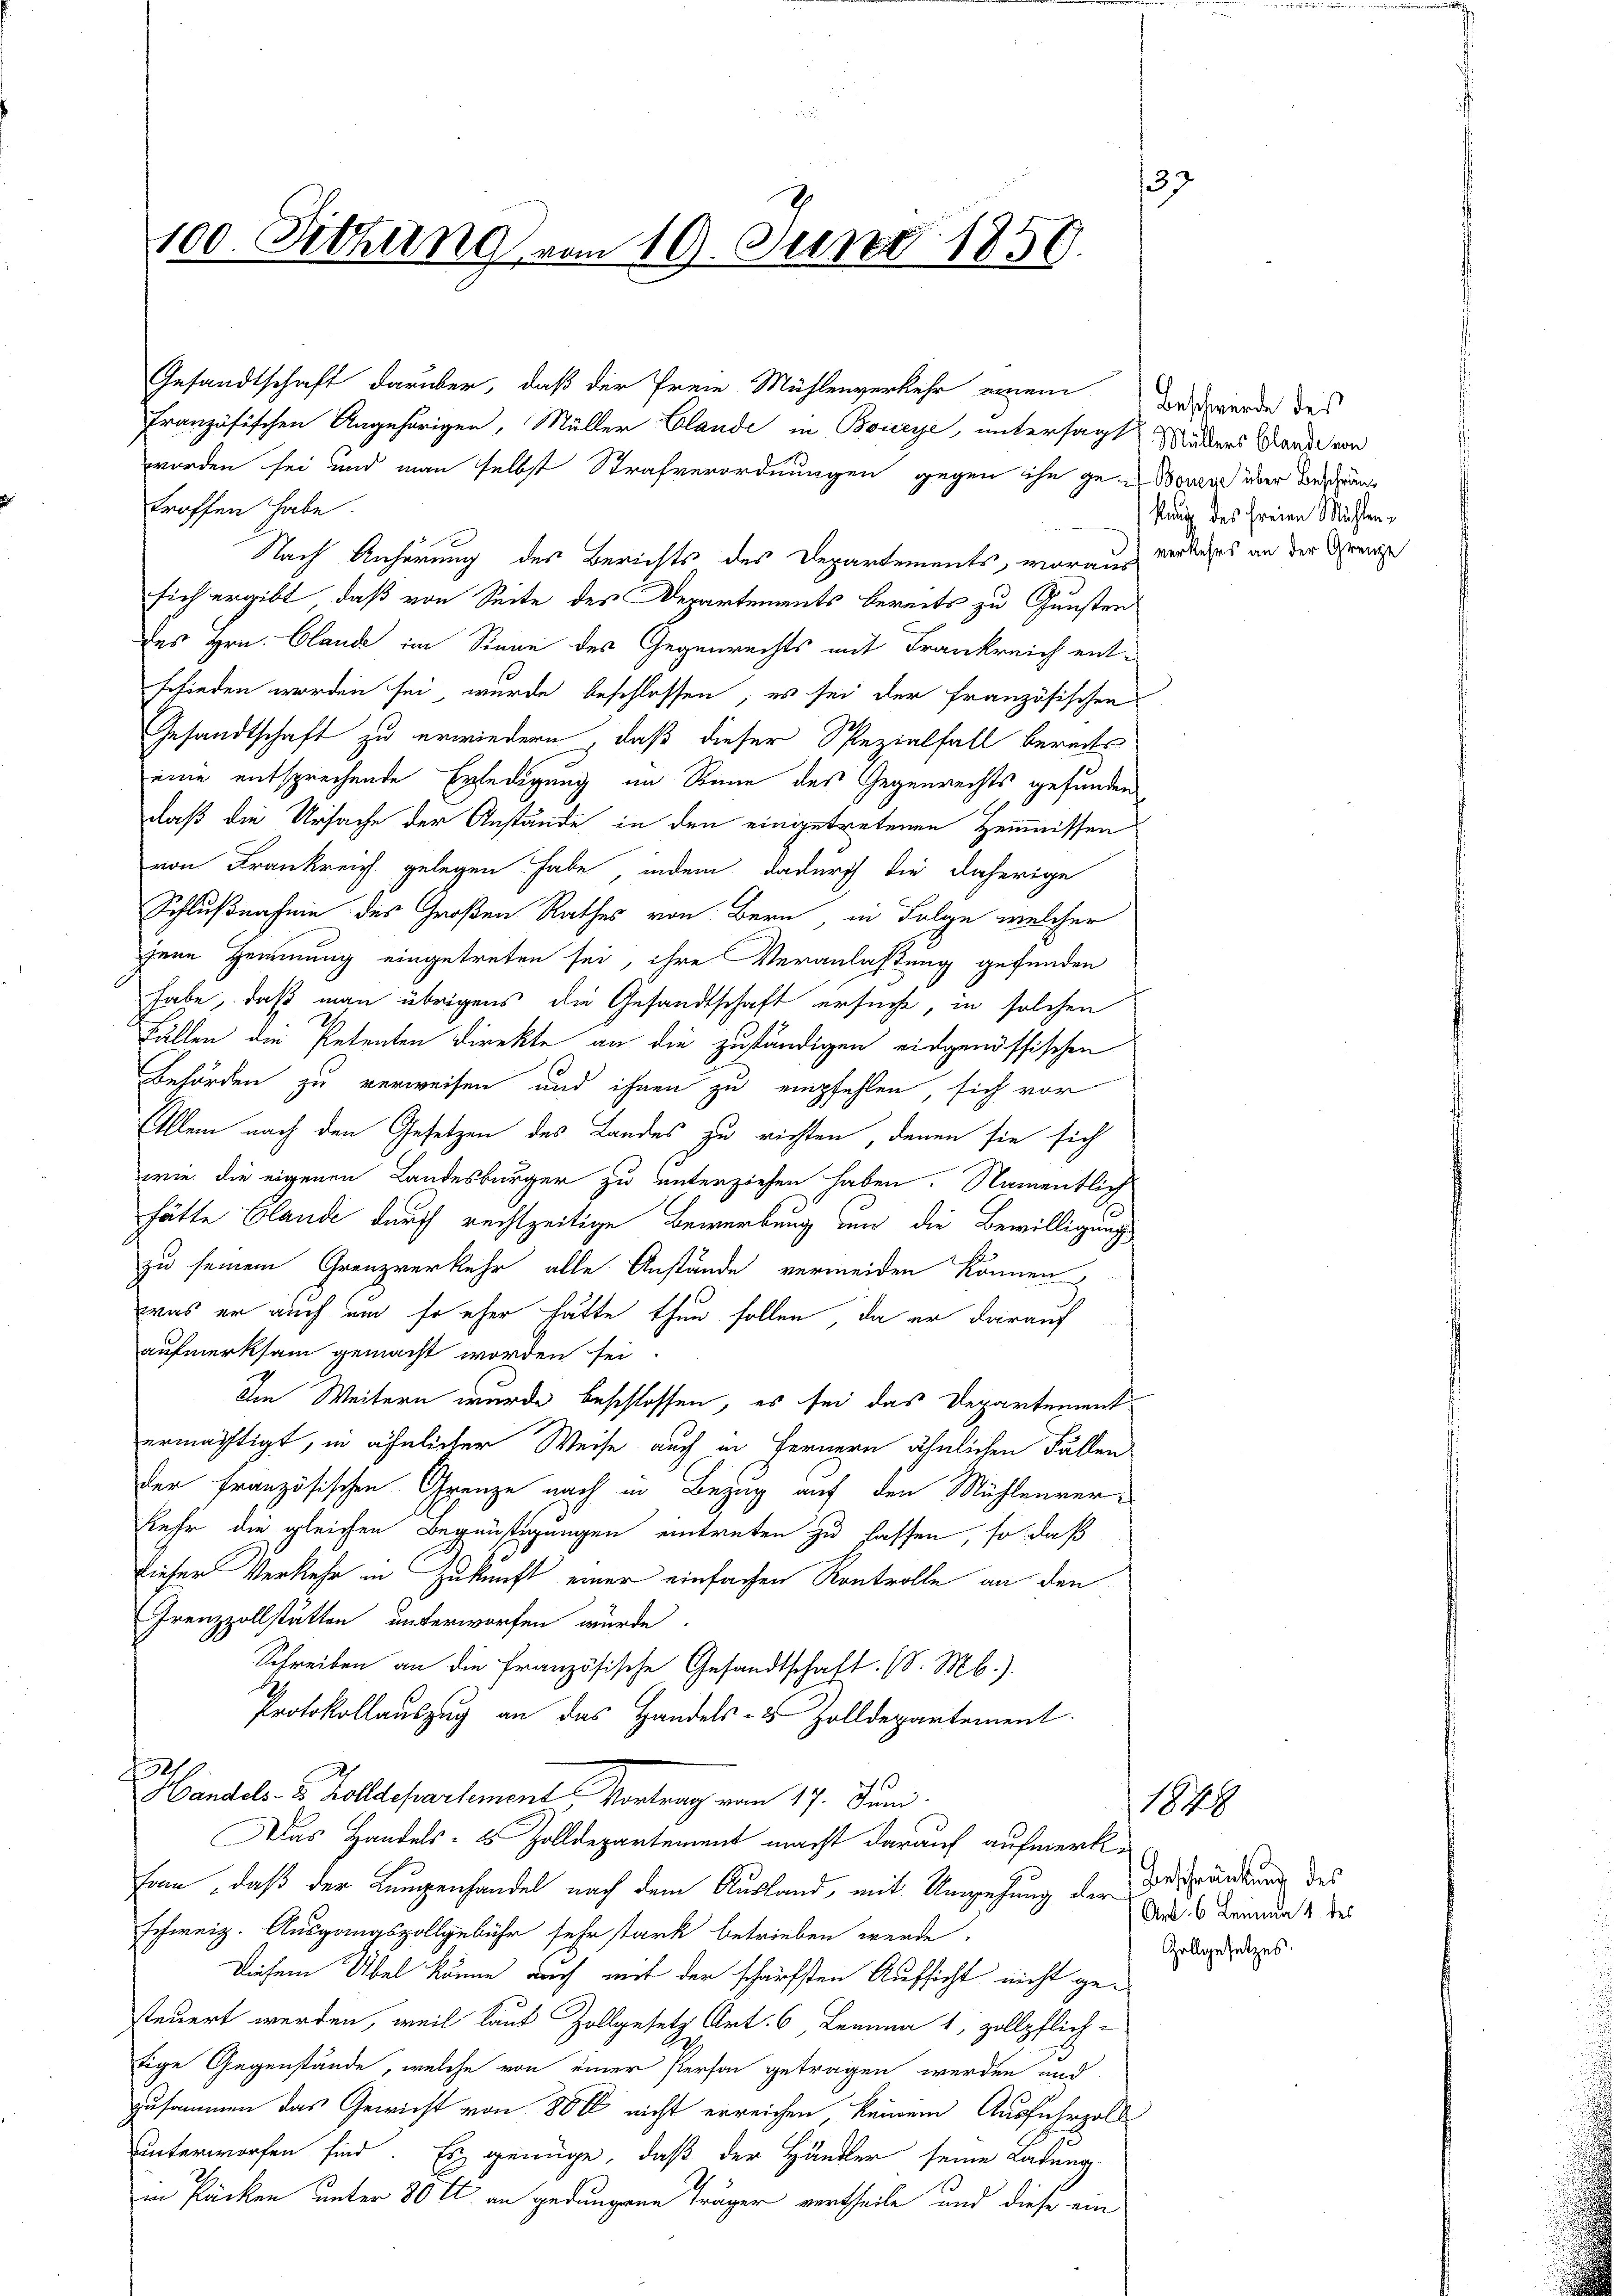
137
100. Pethung vom 19. Juni 1850.

Französischen Angehörigen, Müller Claude in Boneye, untersagt Widers Lande von
worden sei und man selbst Strafverordnungen gegen ihn gene Bonzes über Beschrän
troffen habe.
Nach Anhörung des Berichts des Departements, woraus
sich ergibt, daß von Seite des Departements bereits zu Gunsten
des Hrn. Claude im Sinne des Gegenrechts mit Frankreich entschieden worden sei, wurde beschlossen, es sei der französischen
Gesandtschaft zu erwiedern, daß dieser Spezialfall bereits
eine entsprechende Erledigung im Sinne des Gegenrechts gefunden
daß die Ursache der Anstände in den eingetretenen Hemmnissen
von Frankreich gelegen habe, indem dadurch die daherige
Schlußnahme des Großen Rathes von Bern in Folge welcher
jene Hemmung eingetreten sei, ihre Veranlaßung gefunden
habe, daß man übrigens die Gesandtschaft ersuche, in solchen
Fällen die Petenten Direkte an die zuständigen eidgenössischen
Behörden zu verweisen und ihnen zu empfehlen, sich vor
Allem nach den Gesetzen des Landes zu richten, denen sie sich
wie die eigenen Landesbürger zu unterziehen haben. Namentlich
hätte Claude durch rechtzeitige Bewerbung an die Bewilligung
zu seinem Grenzverkehr alle Anstände vermeiden können,
was er auch um so eher hätte thun sollen, da er darauf
aufmerksam gemacht worden sei.
Im Weitern wurde beschlossen, es sei das Departement
ermächtigt, in ähnlicher Weise auch in Fernern ähnlichen Fällen
der französischen Grenze nach in Bezug auf den Mühlenverkehr die gleichen Begünstigungen eintreten zu lassen, so daß
dieser Verkehr in Zukunft einer einfachen Kontrolle an den
Grenzzollstätten unterworfen wurde
Schreiben an die Französische Gesandtschaft. (S. M.).
Protokollauszug an das Handels- & Zolldepartement.
1
Handels- u. Zolldepartement Vortrag vom 17. Juni.
Das Handels- 2 Zolldepartement macht darauf aufmerk¬
Fam, daß der Lungenhandel nach dem Ausland, mit Umgehung der
schweiz. Ausgangsvollgebühr sehr stark betrieben werde.
Diesem Übel könne doch mit der schärfsten Aufsicht nicht gesteuert werden, weil laut Zollgesetz Art. 6, Lemma 1, zollpflich-
tige Gegenstände, welche von einer Person getragen werden und
zusammen das Gewicht von 800 nicht erreichen keinem Ausfuhrgold
2
unterworfen sind. Es genüge, daß der Händler seine Ladung
in Päcken unter 80 f. an gedungene Träger vertheile und diese ein

Gesandtschaft darüber, daß der freie Mühlenverkehr einem Bewerde des

kung des freien Mühlenverkehrs an der Grenze

1848
Beschränkung des
Art. 6 Leinmal des
Zollgesetzes.